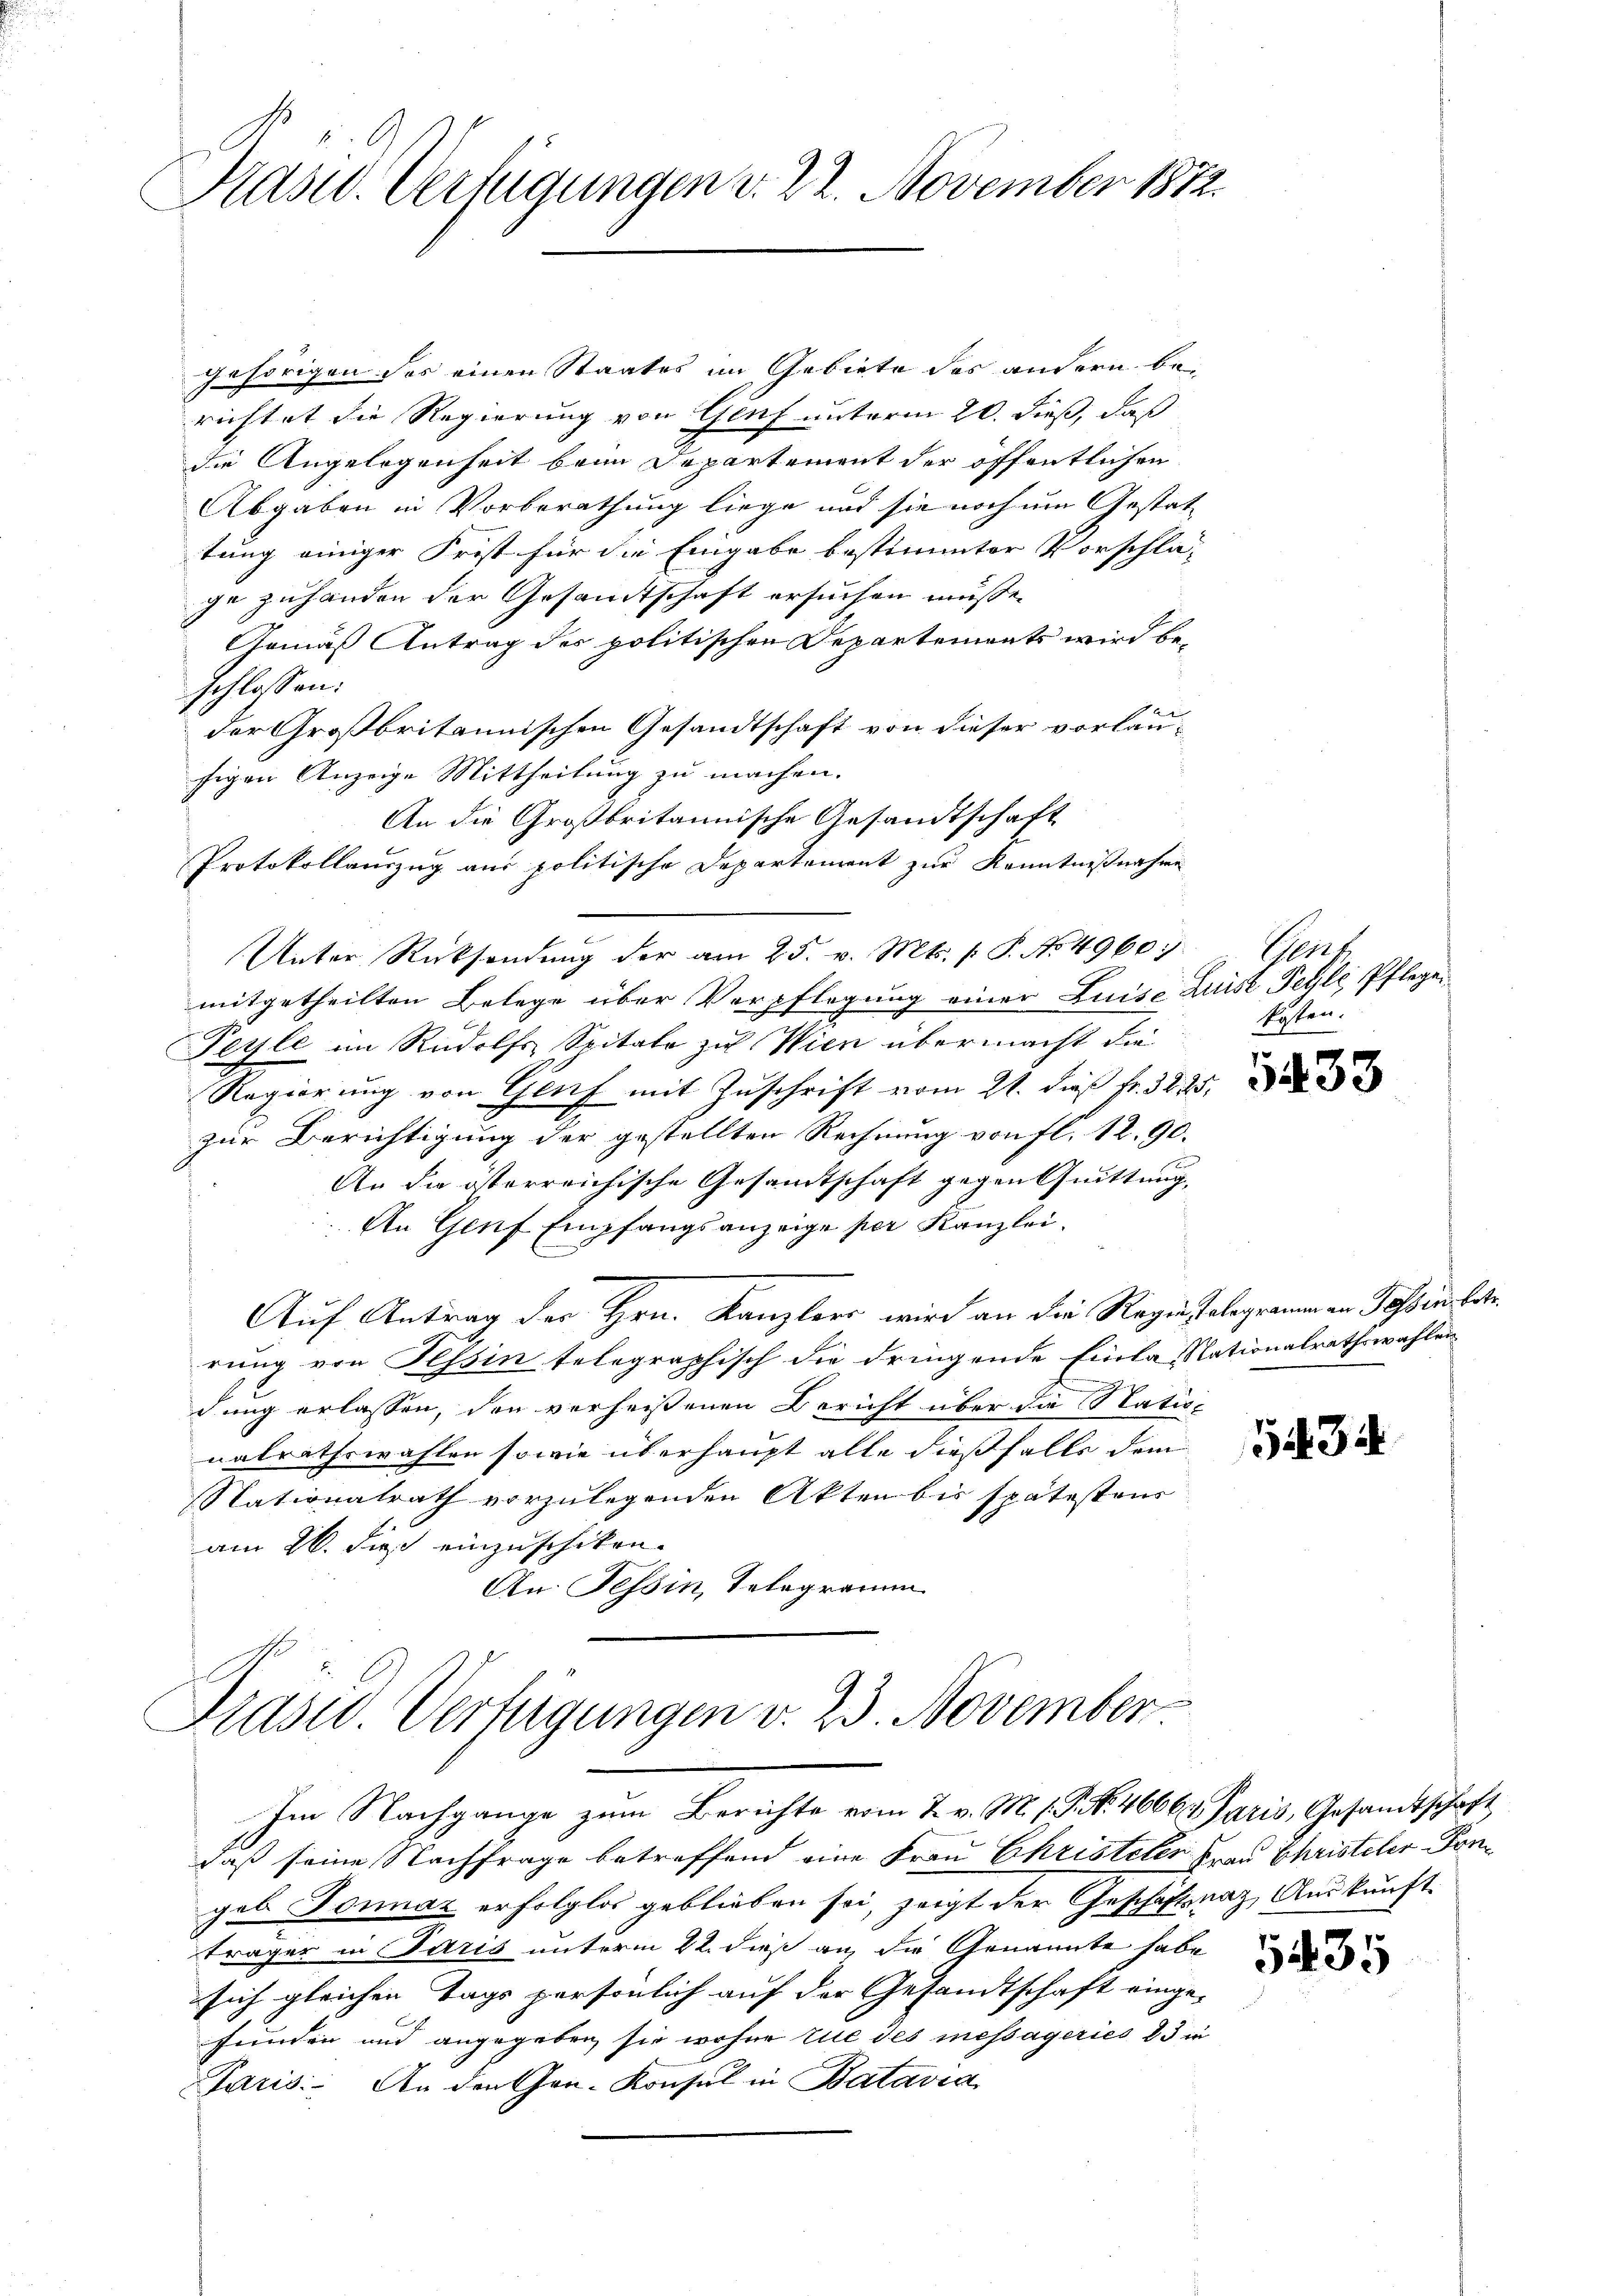
Rasw. Verfügungen d. 22. November 1872.

gehörigen das einen Staates im Gebiete des andern be-
richtet die Regierung von Genf unterm 20. dieß, daß
die Angelegenheit beim Departement der öffentlichen
Abgaben in Vorberathung liege und sie noch um Gestat-
tung einiger Frist für die Eingabe bestimmter Vorschläge zuhanden der Gesandtschaft ersuchen müsse.
Gemäß Antrag des politischen Departements wird beschlossen:
der Großbritannischen Gesandtschaft von dieser vorläufigen Anzeige Mittheilung zu machen.
An die Großbritannische Gesandtschaft
Protokollauszug aus politische Departement zur Kenntnißnahme
Unter Rücksendŭng der am 25. v. Mts. f. P. No 49607. Genf
mitgetheilten Belege über Verpflegung einer Luise Luise Fehle Pflege¬
Perle im Rudolfs Spitale zu Wien übermacht die
Regierung von Genf mit Zuschrift vom 21. dieß fr. 3285.
zur Berichtigung der gestellten Rechnung von fl. 12. 90.
An die österreichische Gesandtschaft gegen Quittung,
An Genf Empfangsanzeige per Kanzlei.
Auf Antrag der Hrn. Kanzlers wird an die Regien Telegramm an Passin betr.
rung von Tessin telegraphisch die dringende Einlasstationalrathswahlen
dung erlassen, den verheißenen Bericht über die Nationalrathswahlen sowie überhaupt alle dießfalls dem
Nationalrath vorzulegenden Akten bis spätestens
am 26. dieß einzuschiken.
An. Tessin, Telegramm

Präsid. Verfügungen v. 23. November

kosten.

Im Nachgange zum Berichte vom 2. v. M. h. G. No. 4666. Paris, Gesandtschaft
daß seine Nachfrage betreffend eine Frau Christeter Frau Christeler Pongeb. Donnaz erfolglos geblieben sei, zeigt der Geschäftsang, Auskunft
träger in Paris unterm 22. dieß an die Genannte habe
sich gleichen Tags persönlich auf der Gesandtschaft einge-
funden und angegeben, sie wohne rue des messageries 23 in
Paris. An den Gen-Konsul in Batavia

5433

134

5435